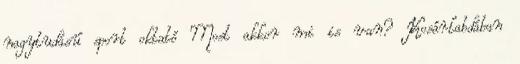
nagytudású sport oktató Most akkor mi is van? Kosárlabdában